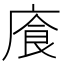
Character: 𫷸